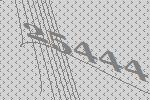
25444